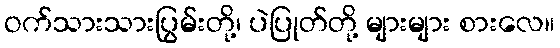
ဝက်သားသားပြွမ်းတို့၊ ပဲပြုတ်တို့ များများ စားလေ။